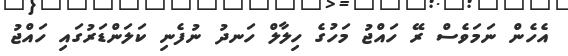
އެހެން ނަމަވެސް ރޭ ހައްޖު މަހުގެ ހިލާލް ހަނދު ނުފެނި ކަލަންޑަރުގައި ހައްޖު